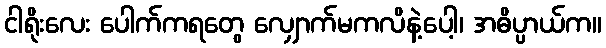
ငါရိုးလေး ပေါက်ကရတွေ လျှောက်မကလိနဲ့ပေါ့၊ အဓိပ္ပာယ်က။